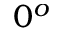
0 ^ { o }